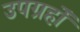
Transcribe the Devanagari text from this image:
उपग्रहोंं